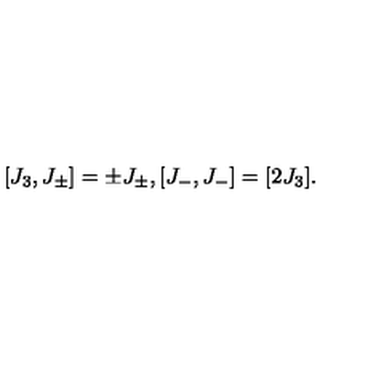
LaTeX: [ J _ { 3 } , J _ { \pm } ] = \pm J _ { \pm } , [ J _ { - } , J _ { - } ] = [ 2 J _ { 3 } ] .